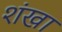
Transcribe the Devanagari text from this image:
शंखा